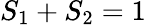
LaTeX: S_{1}+S_{2}=1